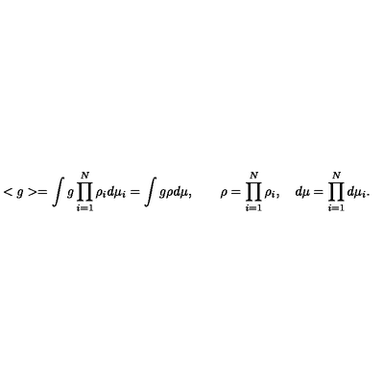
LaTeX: < g > = \int g \prod _ { i = 1 } ^ { N } \rho _ { i } d \mu _ { i } = \int g \rho d \mu , \quad \quad \rho = \prod _ { i = 1 } ^ { N } \rho _ { i } , \quad d \mu = \prod _ { i = 1 } ^ { N } d \mu _ { i } .